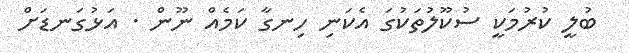
ބުލީ ކުރުމަކީ ސުކޫލުތަކުގަ އެކަނި ހިނގާ ކަމެއް ނޫން . އަޅުގަނޑަށް